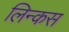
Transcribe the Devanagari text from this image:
लिन्कस